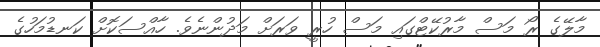
މާލޭގެ ރޯ މަސް މާރުކޭޓްގައި މަސް ހުރީ ވަރަށް މަދުންނެވެ. ހާއްސަކޮށް ކަނޑުމަހުގެ